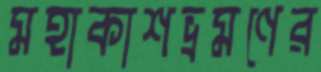
মহাকাশভ্রমণের